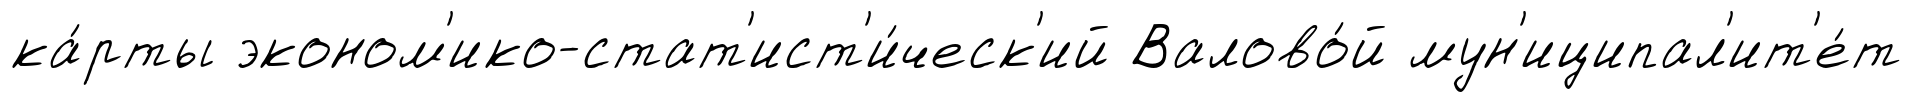
ка́рты эконом'ико-стат'ист'и́ческ'ий Валово́й мун'иципал'ит'е́т